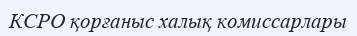
КСРО қорғаныс халық комиссарлары